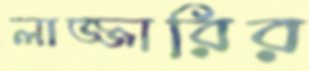
লাজ্জারির